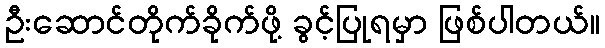
ဦးဆောင်တိုက်ခိုက်ဖို့ ခွင့်ပြုရမှာ ဖြစ်ပါတယ်။